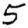
Digit: 5